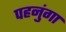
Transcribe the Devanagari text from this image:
पहनुंगा